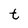
Character: t